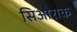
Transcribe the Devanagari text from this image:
सिओराक